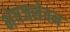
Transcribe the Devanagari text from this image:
भेषजसेवन